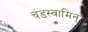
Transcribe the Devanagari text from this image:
चंडस्वामिन्